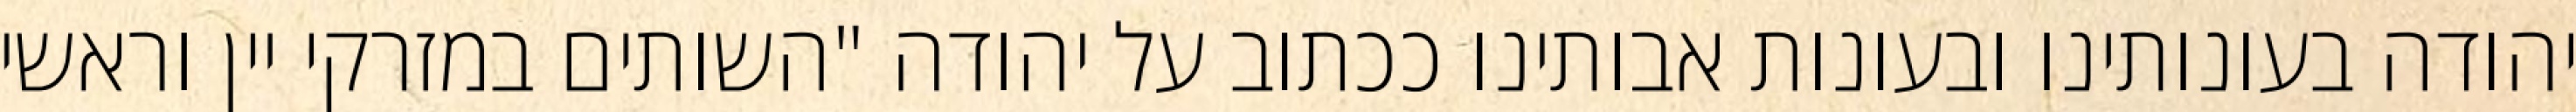
יהודה בעונותינו ובעונות אבותינו ככתוב על יהודה "השותים במזרקי יין וראשי‏